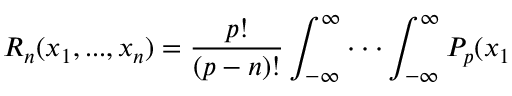
R _ { n } ( x _ { 1 } , . . . , x _ { n } ) = \frac { p ! } { \left( p - n \right) ! } \int _ { - \infty } ^ { \infty } \cdot \cdot \cdot \int _ { - \infty } ^ { \infty } P _ { p } ( x _ { 1 }